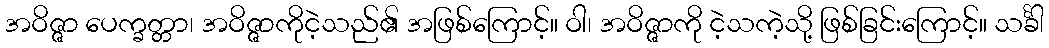
အဝိဇ္ဇာ ပေက္ခတ္တာ၊ အဝိဇ္ဇာကိုငဲ့သည်၏ အဖြစ်ကြောင့်။ ဝါ၊ အဝိဇ္ဇာကို ငဲ့သကဲ့သို့ ဖြစ်ခြင်းကြောင့်။ သင်္ခါ